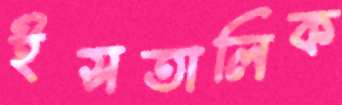
ইসতালিক